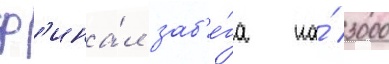
ф'ина́л заб'е́га на́ 3000